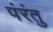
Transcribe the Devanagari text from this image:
पंरंतु